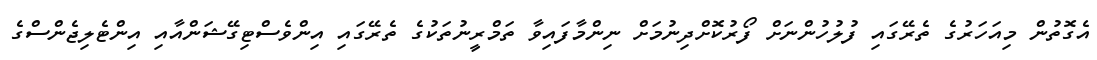
އެގޮތުން މިއަހަރުގެ ތެރޭގައި ފުލުހުންނަށް ފޯރުކޮށްދިނުމަށް ނިންމާފައިވާ ތަމްރީނުތަކުގެ ތެރޭގައި އިންވެސްޓިގޭޝަންއާއި އިންޓެލިޖެންސްގެ